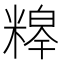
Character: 𮇸